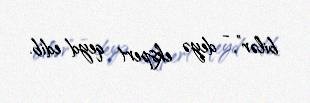
bilər”, - deyə ekspert qeyd edib.